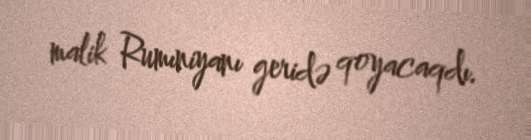
malik Rumıniyanı geridə qoyacaqdı.